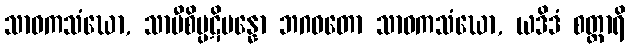
သာဝကသံဃော, သာမီစိပ္ပဋိပန္နော ဘဂဝတော သာဝကသံဃော, ယဒိဒံ စတ္တာရိ